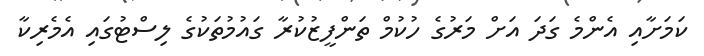
ކަމަށާއި އެންމެ ގަދަ އަށް މަރުގެ ހުކުމް ތަންފީޒުކުރާ ގައުމުތަކުގެ ލިސްޓުގައި އެމެރިކާ